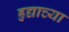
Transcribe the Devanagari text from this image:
हृद्याच्या